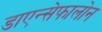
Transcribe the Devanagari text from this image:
डाएन्सेफालोन